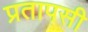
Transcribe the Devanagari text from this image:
प्रतापसी